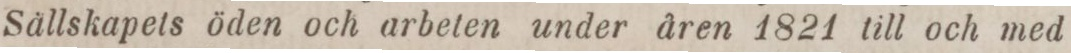
Sällskapets öden och arbeten under åren 1821 till och med